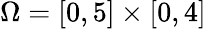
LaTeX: \Omega=[0,5]\times[0,4]